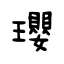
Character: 瓔